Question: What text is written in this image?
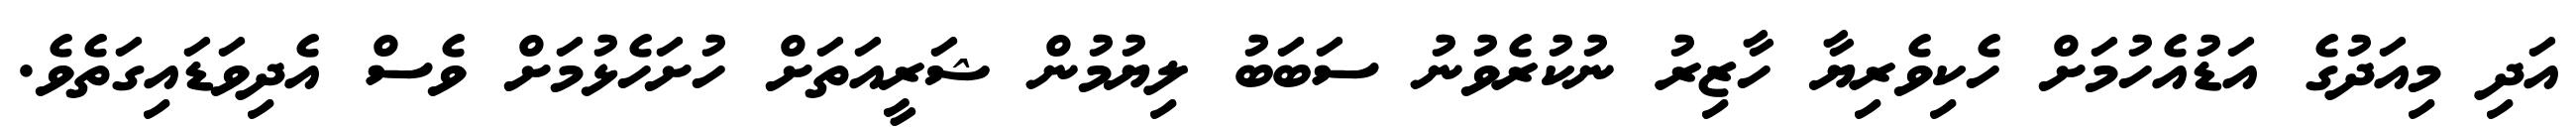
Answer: އަދި މިއަދުގެ އަޑުއެހުމަށް ހެކިވެރިޔާ ހާޒިރު ނުކުރެވުނު ސަބަބު ލިޔުމުން ޝަރީއަތަށް ހުށަހެޅުމަށް ވެސް އެދިވަޑައިގަތެވެ.